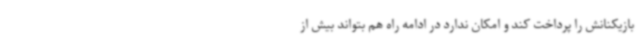
بازیکنانش را پرداخت کند و امکان ندارد در ادامه راه هم بتواند بیش از